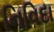
નિવિદા